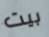
بيت